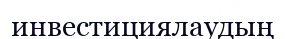
инвестициялаудың